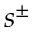
s ^ { \pm }